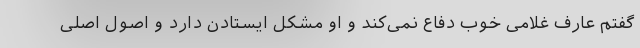
گفتم عارف غلامی خوب دفاع نمی‌کند و او مشکل ایستادن دارد و اصول اصلی